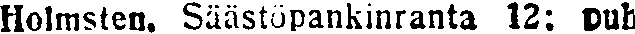
Holmsten. Säästöpankinranta 12: puh